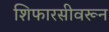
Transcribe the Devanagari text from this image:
शिफारसीवरून